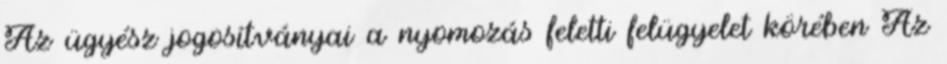
Az ügyész jogosítványai a nyomozás feletti felügyelet körében Az